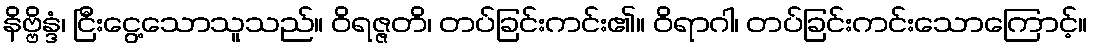
နိဗ္ဗိန္ဒံ၊ ငြီးငွေ့သောသူသည်။ ဝိရဇ္ဇတိ၊ တပ်ခြင်းကင်း၏။ ဝိရာဂါ၊ တပ်ခြင်းကင်းသောကြောင့်။